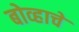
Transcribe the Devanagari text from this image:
बोव्हाचे